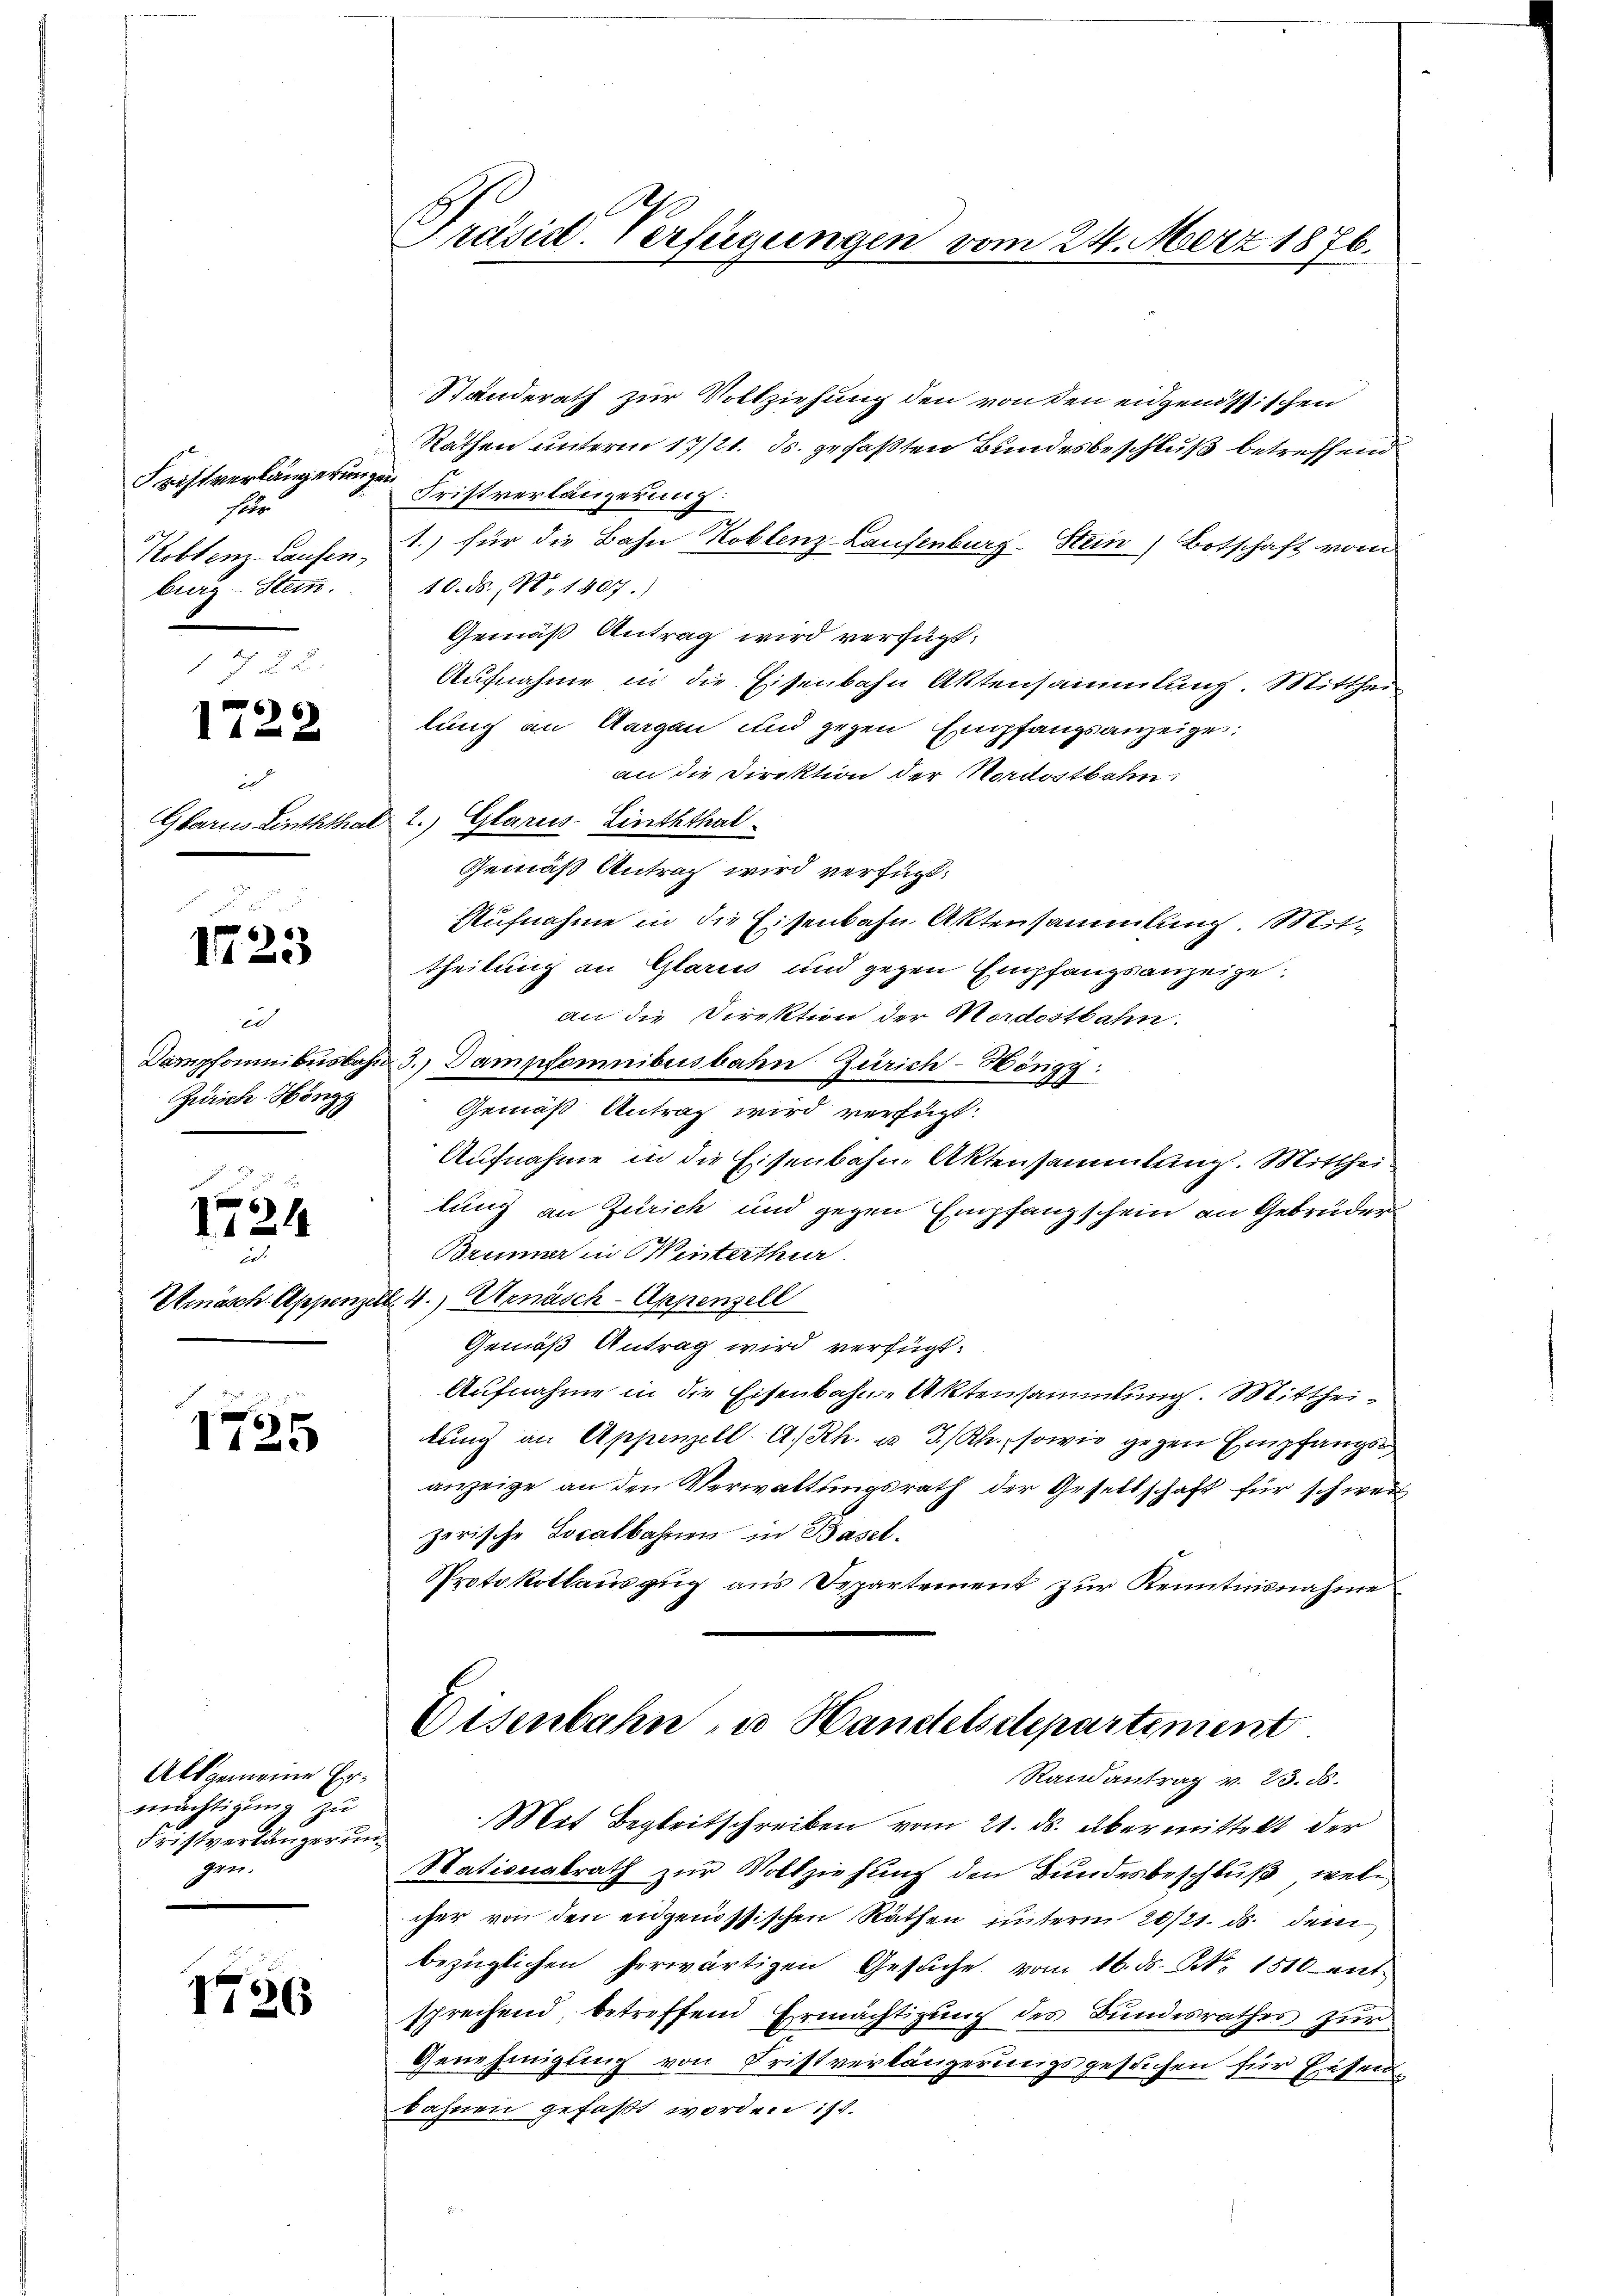
Fristverlängerunge
sab
Kobler-Laufen.
burg - Stem.

6
1122

e
Glarus Linththar

1723

ic
Kampfomnibus bahn
Zürich Höngg

1724

e
Umasch Appenz

1725

Als gemeine Ermächtigung zu
Fristverlängern
gen.

1736

Präsist. Verfügungen vom 24. März 1876.

Ständerath zur Vollziehung den von den eidgenössischen
Rathen unterm 17/21. ds. gefaßten Bundesbeschluß betreffend
Fristverlängerung:
1.) für die Bahn Koblenz-Laufenburg-Stein) Botschaft vom
10. ds. No. 14017.)
Gemäß Antrag wird verfügt:
Aufnahme in die Eisenbahn Aktensammlung. Mittheilung an Aargau und gegen Empfangsanzeige:
an die Direktion der Nordostbahn
2.) Glarus Linththal
Gemäß Antrag wird verfügt:
Aufnahme in die Eisenbahn Aktensammlung. Mittheilung an Glarus und gegen Empfangsanzeige
an die Direktion der Mordostbahn.
3.) Dampfemnibusbahn Zürich-Höngg:
Gemäß Antrag wird verfügt:
Aufnahme in die Eisenbahn-Aktensammlung. Mittheilung an Zürich und gegen Empfangschein an Gebrüder
Brümer in Winterthur.
4.) Ernäsch-Appenzell
Gemäß Antrag wird verfügt:
Aufnahme in die Eisenbahn-Aktensammlung. Mittheikung an Appenzell A.Rh. u 3/Rh., sowie gegen Empfangsanzeige an den Verwaltungsrath der Gesellschaft für schwer
zerische Localbahnen in Basel.
Protokollauszug aus Departement zur Kenntnisnahme
Eisenbahn u Handelsdepartement
Randantrag v. 23. ds.
Mit Begleitschreiben vom 21. ds. übermittelt der
Stationalrath zur Vollziehung den Bundesbeschluß, welcher von den eidgenössischen Räthen unterm 20/21. ds. dem
bezüglichen herwärtigen Gesuche vom 16. ds. N. 1510 ent
sprechend, betreffend Ermächtigung des Bundesrathes zur
Genehmigung von Fristverlängerungsgesuchen für Eisenbahnen gefaßt worden ist.